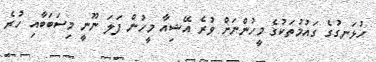
ހުޅަނގުގެ ގައުމުތަކުގެ މީހުންނަށް ވުރެ އޭޝިއާ މީހުން ފަލަ ނޫނީ މިސަބަބާއި ހުރެ